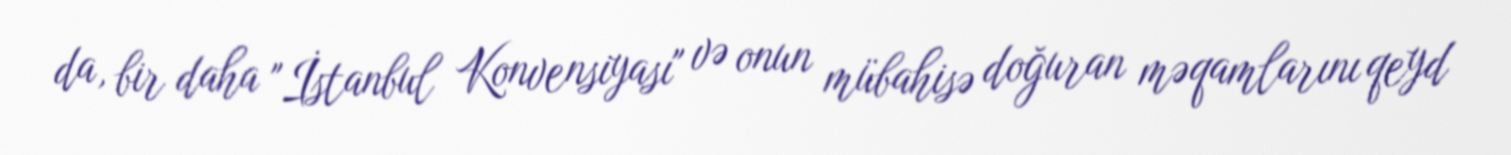
da, bir daha "İstanbul Konvensiyası" və onun mübahisə doğuran məqamlarını qeyd